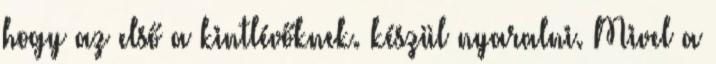
hogy az első a kintlévőknek. készül nyaralni. Mivel a